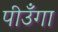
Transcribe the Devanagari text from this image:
पीउँगा